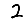
Digit: 2